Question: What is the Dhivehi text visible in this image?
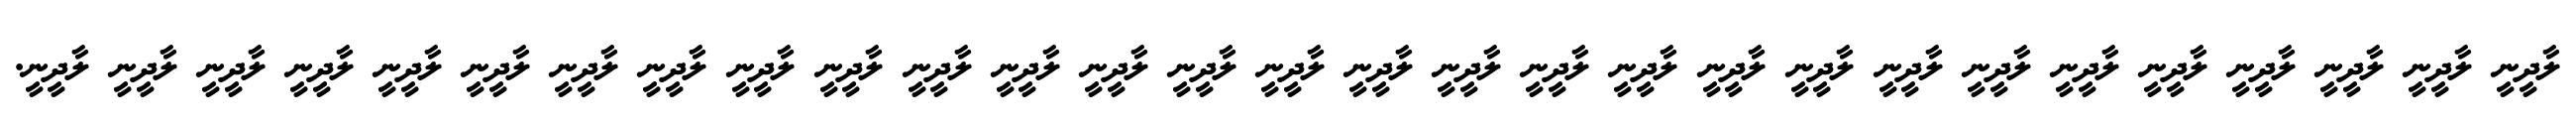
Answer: ލާދީނީ ލާދީނީ ލާދީނީ ލާދީނީ ލާދީނީ ލާދީނީ ލާދީނީ ލާދީނީ ލާދީނީ ލާދީނީ ލާދީނީ ލާދީނީ ލާދީނީ ލާދީނީ ލާދީނީ ލާދީނީ ލާދީނީ ލާދީނީ ލާދީނީ ލާދީނީ ލާދީނީ ލާދީނީ ލާދީނީ ލާދީނީ ލާދީނީ ލާދީނީ ލާދީނީ ލާދީނީ ލާދީނީ.